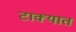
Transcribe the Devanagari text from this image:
टाक्‍यात